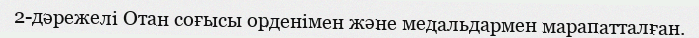
2-дәрежелі Отан соғысы орденімен және медальдармен марапатталған.